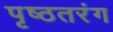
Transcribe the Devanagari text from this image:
पृष्ठतरंग